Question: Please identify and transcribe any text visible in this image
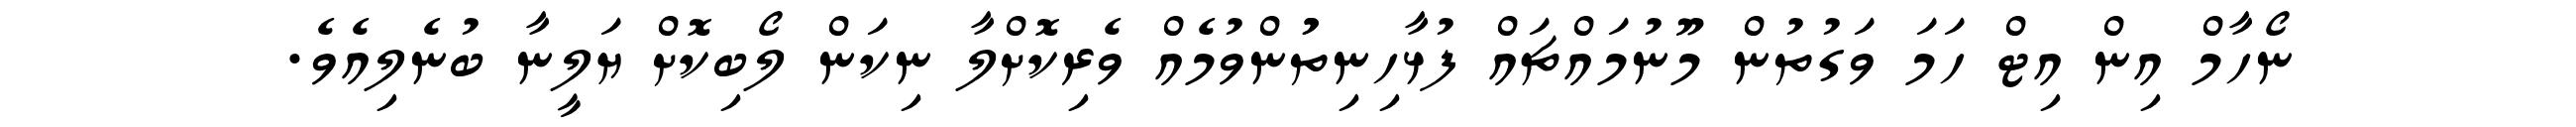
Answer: ނޯހާމް އިން އިޓް ހަމަ ވަގުތުން މޫނުމައްޗައް ފުޅާހިނިތުުންވުމެއް ވެރިކޮށްލާ ނިކަން ލޯބިކޮށް ޔަލީނާ ބުނެލިއެވެ.